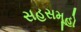
સહસમૂહો